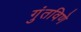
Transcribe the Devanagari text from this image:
गुंतविणे